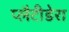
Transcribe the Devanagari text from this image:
प्लैटीडेरा